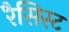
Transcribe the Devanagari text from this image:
रैसिस्ट